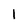
Character: 1